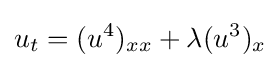
u_{t}=(u^{4})_{xx}+\lambda (u^{3})_{x}